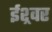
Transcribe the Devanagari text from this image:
ईश्र्वर